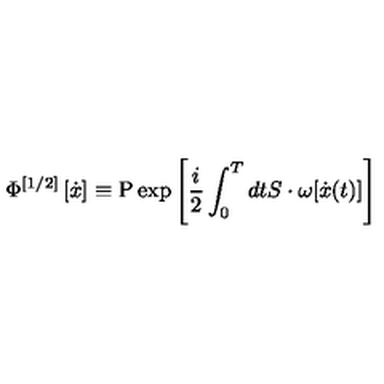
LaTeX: \Phi ^ { \left[ { 1 / 2 } \right] } \left[ { \dot { x } } \right] _ { } \equiv \mathrm { P } \exp \left[ { \frac { i } { 2 } \int _ { 0 } ^ { T } { d t S \cdot \omega [ \dot { x } ( t ) ] } } \right]